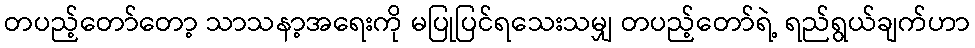
တပည့်တော်တော့ သာသနာ့အရေးကို မပြုပြင်ရသေးသမျှ တပည့်တော်ရဲ့ ရည်ရွယ်ချက်ဟာ